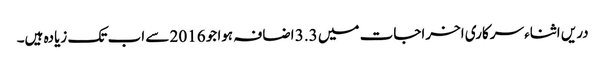
دریں اثناء سرکاری اخراجات میں 3.3 اضافہ ہوا جو 2016 سے اب تک زیادہ ہیں۔